Indian journal of veterinary science and animal husbandry - Volume 7,
Year: 1937
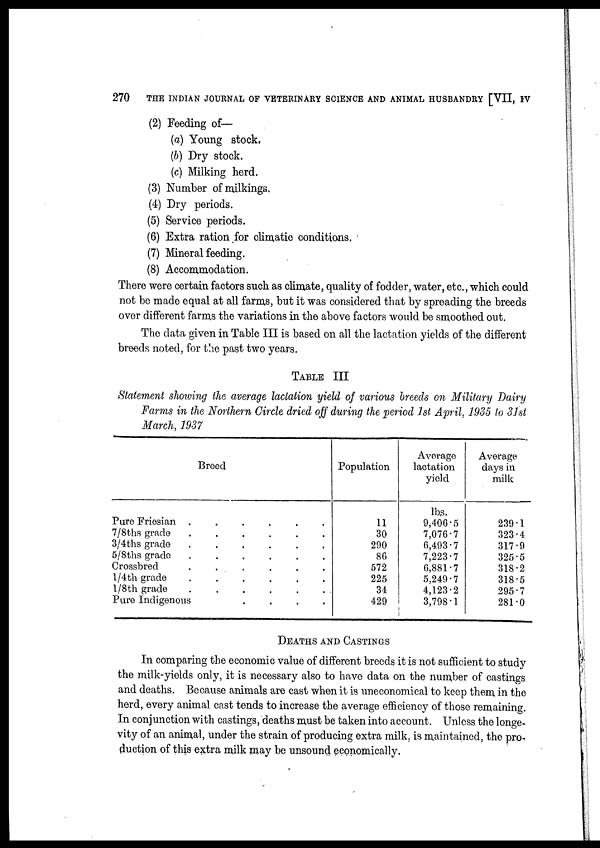
270
THE INDIAN JOURNAL OF VETERINARY SCIENCE AND ANIMAL HUSBANDRY [VII, IV
(2) Feeding of—
(a) Young stock.
(b) Dry stock.
(c) Milking herd.
(3) Number of milkings.
(4) Dry periods.
(5) Service periods.
(6) Extra ration for climatic conditions.
(7) Mineral feeding.
(8) Accommodation.
There were certain factors such as climate, quality of fodder, water, etc., which could
not be made equal at all farms, but it was considered that by spreading the breeds
over different farms the variations in the above factors would be smoothed out.
The data given in Table III is based on all the lactation yields of the different
breeds noted, for the past two years.
TABLE III
Statement showing the average lactation yield of various breeds on Military Dairy
Farms in the Northern Circle dried off during the period 1st April, 1935 to 31st
March, 1937
Breed
Pure Friesian
.
.
.
.
.
.
7/8ths grade . . . . . .
3/4ths grade . . . . . .
5/8ths grade . . . . . .
Crossbred . . . . . .
1/4th grade . . . . . .
1/8th grade . . . . . .
Pure Indigenous . . . .
Population
11
30
290
86
572
225
34
429
Average
lactation
yield
lbs.
9,406.5
7,076.7
6,493.7
7,223.7
6,881.7
5,249.7
4,123.2
3,798.1
Average
days in
milk
239.1
323.4
317.9
325.5
318.2
318.5
295.7
281.0
DEATHS AND CASTINGS
In comparing the economic value of different breeds it is not sufficient to study
the milk-yields only, it is necessary also to have data on the number of castings
and deaths. Because animals are cast when it is uneconomical to keep them in the
herd, every animal cast tends to increase the average efficiency of those remaining.
In conjunction with castings, deaths must be taken into account. Unless the longe-
vity of an animal, under the strain of producing extra milk, is maintained, the pro¬
duction of this extra milk may be unsound economically.